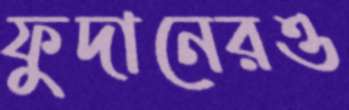
ফুদানেরও